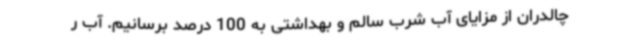
چالدران از مزایای آب شرب سالم و بهداشتی به 100 درصد برسانیم. آب ر